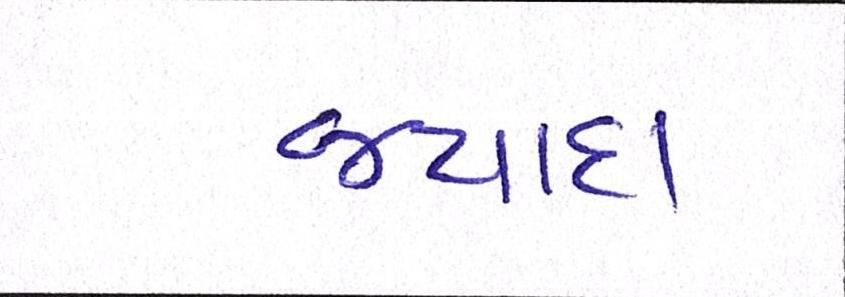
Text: જ્યાદા